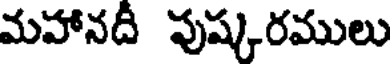
మహానది పుష్కరములు